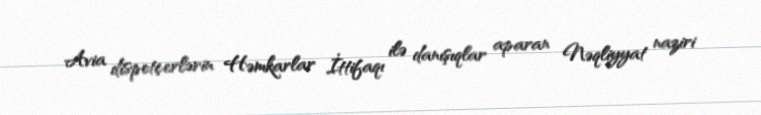
Avia dispetçerlərin Həmkarlar İttifaqı ilə danışıqlar aparan Nəqliyyat naziri